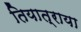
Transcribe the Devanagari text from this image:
तियात्राया